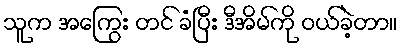
သူက အကြွေး တင် ခံပြီး ဒီအိမ်ကို ဝယ်ခဲ့တာ။